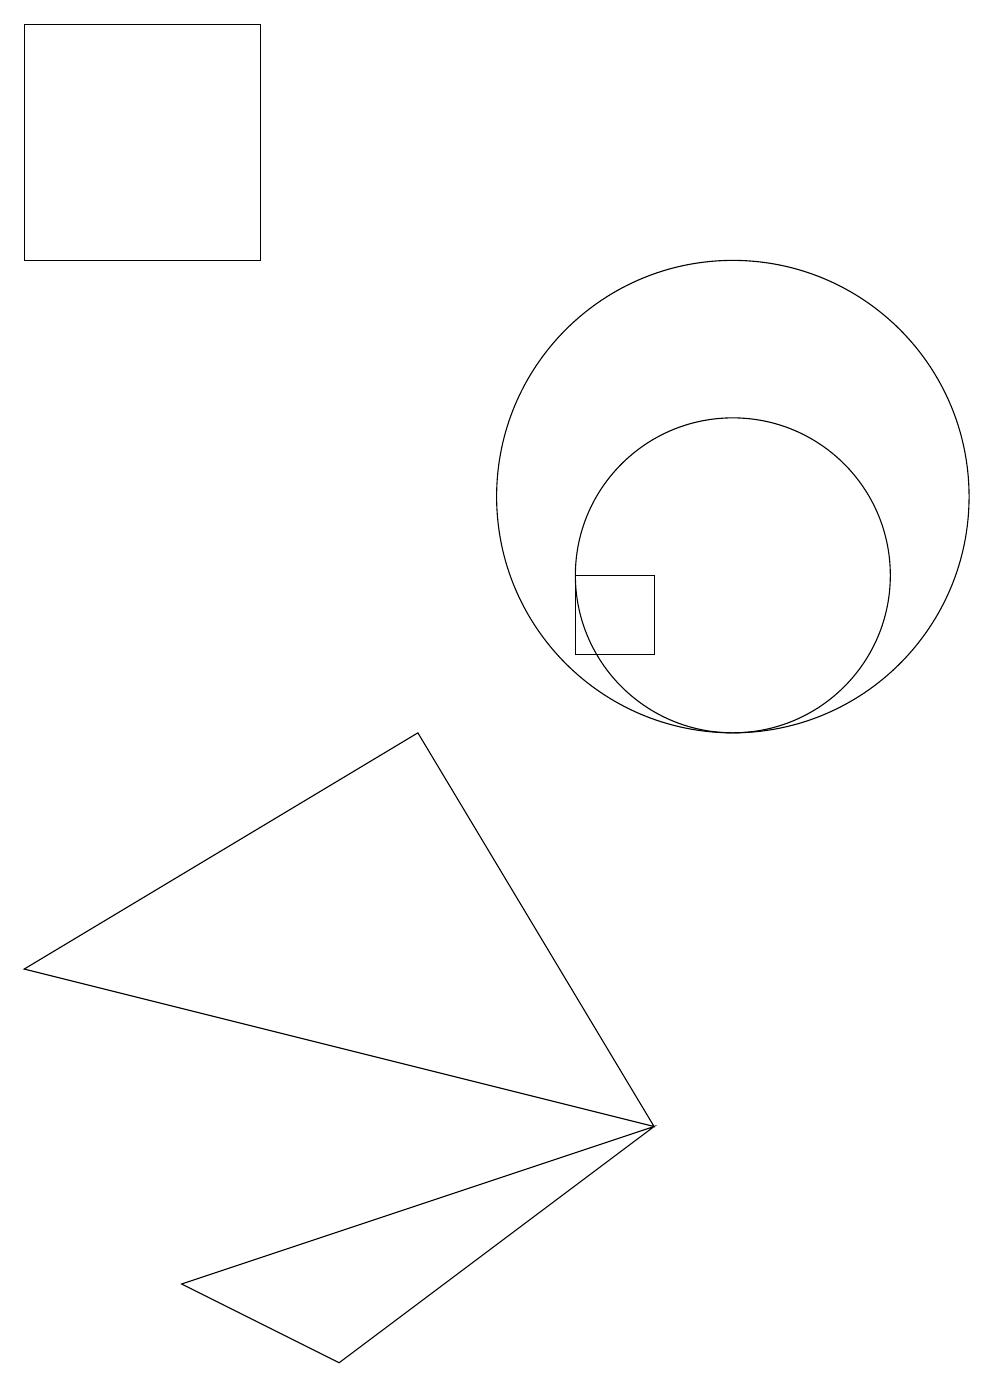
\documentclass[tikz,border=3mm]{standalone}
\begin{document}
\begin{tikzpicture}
\draw (9,4) -- (6,9) -- (1,6) -- cycle;
\draw (8,11) rectangle (9,10);
\draw (10,11) circle (2);
\draw (10,12) circle (3);
\draw (1,18) rectangle (4,15);
\draw (5,1) -- (3,2) -- (9,4) -- cycle;
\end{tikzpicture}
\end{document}